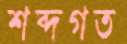
শব্দগত